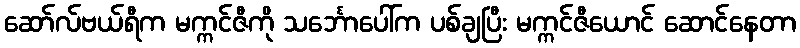
ဆော်လ်ဗယ်ရီက မက္ကင်ဇီကို သင်္ဘောပေါ်က ပစ်ချပြီး မက္ကင်ဇီယောင် ဆောင်နေတာ